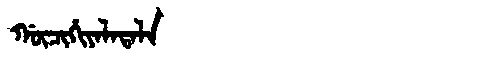
Manchu: ᡤᡡᠴᡳᡥᡳᠶᠠᠯᠠᡨᠠᠯᠠ
Romanization: GŪCIHIYALATALA